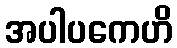
အပါပကေဟိ